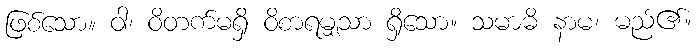
ဖြစ်သော။ ဝါ၊ ဝိတက်မရှိ ဝိစာရမျှသာ ရှိသော။ သမာဓိ နာမ၊ မည်၏။